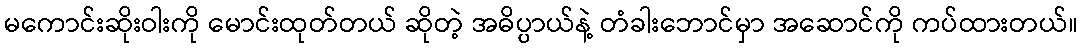
မကောင်းဆိုးဝါးကို မောင်းထုတ်တယ် ဆိုတဲ့ အဓိပ္ပာယ်နဲ့ တံခါးဘောင်မှာ အဆောင်ကို ကပ်ထားတယ်။